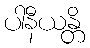
ပါနီယန္တိ